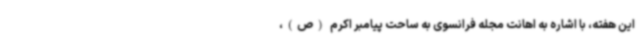
این هفته، با اشاره به اهانت مجله فرانسوی به ساحت پیامبر اکرم (ص)،